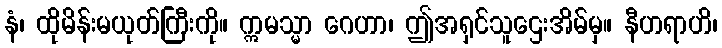
နံ၊ ထိုမိန်းမယုတ်ကြီးကို။ ဣမသ္မာ ဂေဟာ၊ ဤအရှင်သူဌေးအိမ်မှ။ နီဟရာဟိ၊